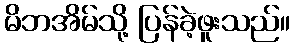
မိဘအိမ်သို့ ပြန်ခဲ့ဖူးသည်။